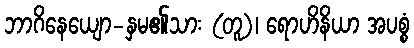
ဘာဂိနေယျော-နှမ၏သား (တူ)၊ ရောဟိနိယာ အပစ္စံ